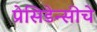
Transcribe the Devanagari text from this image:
प्रेसिडेन्सीचे